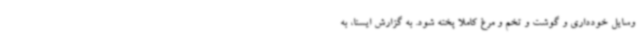
وسایل خودداری و گوشت و تخم و مرغ کاملا پخته شود. به گزارش ایسنا، به